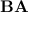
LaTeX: \mathbf { B } \mathbf { A }